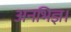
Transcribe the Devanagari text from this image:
अनभिज्ञ।